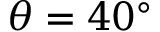
\theta = 4 0 ^ { \circ }